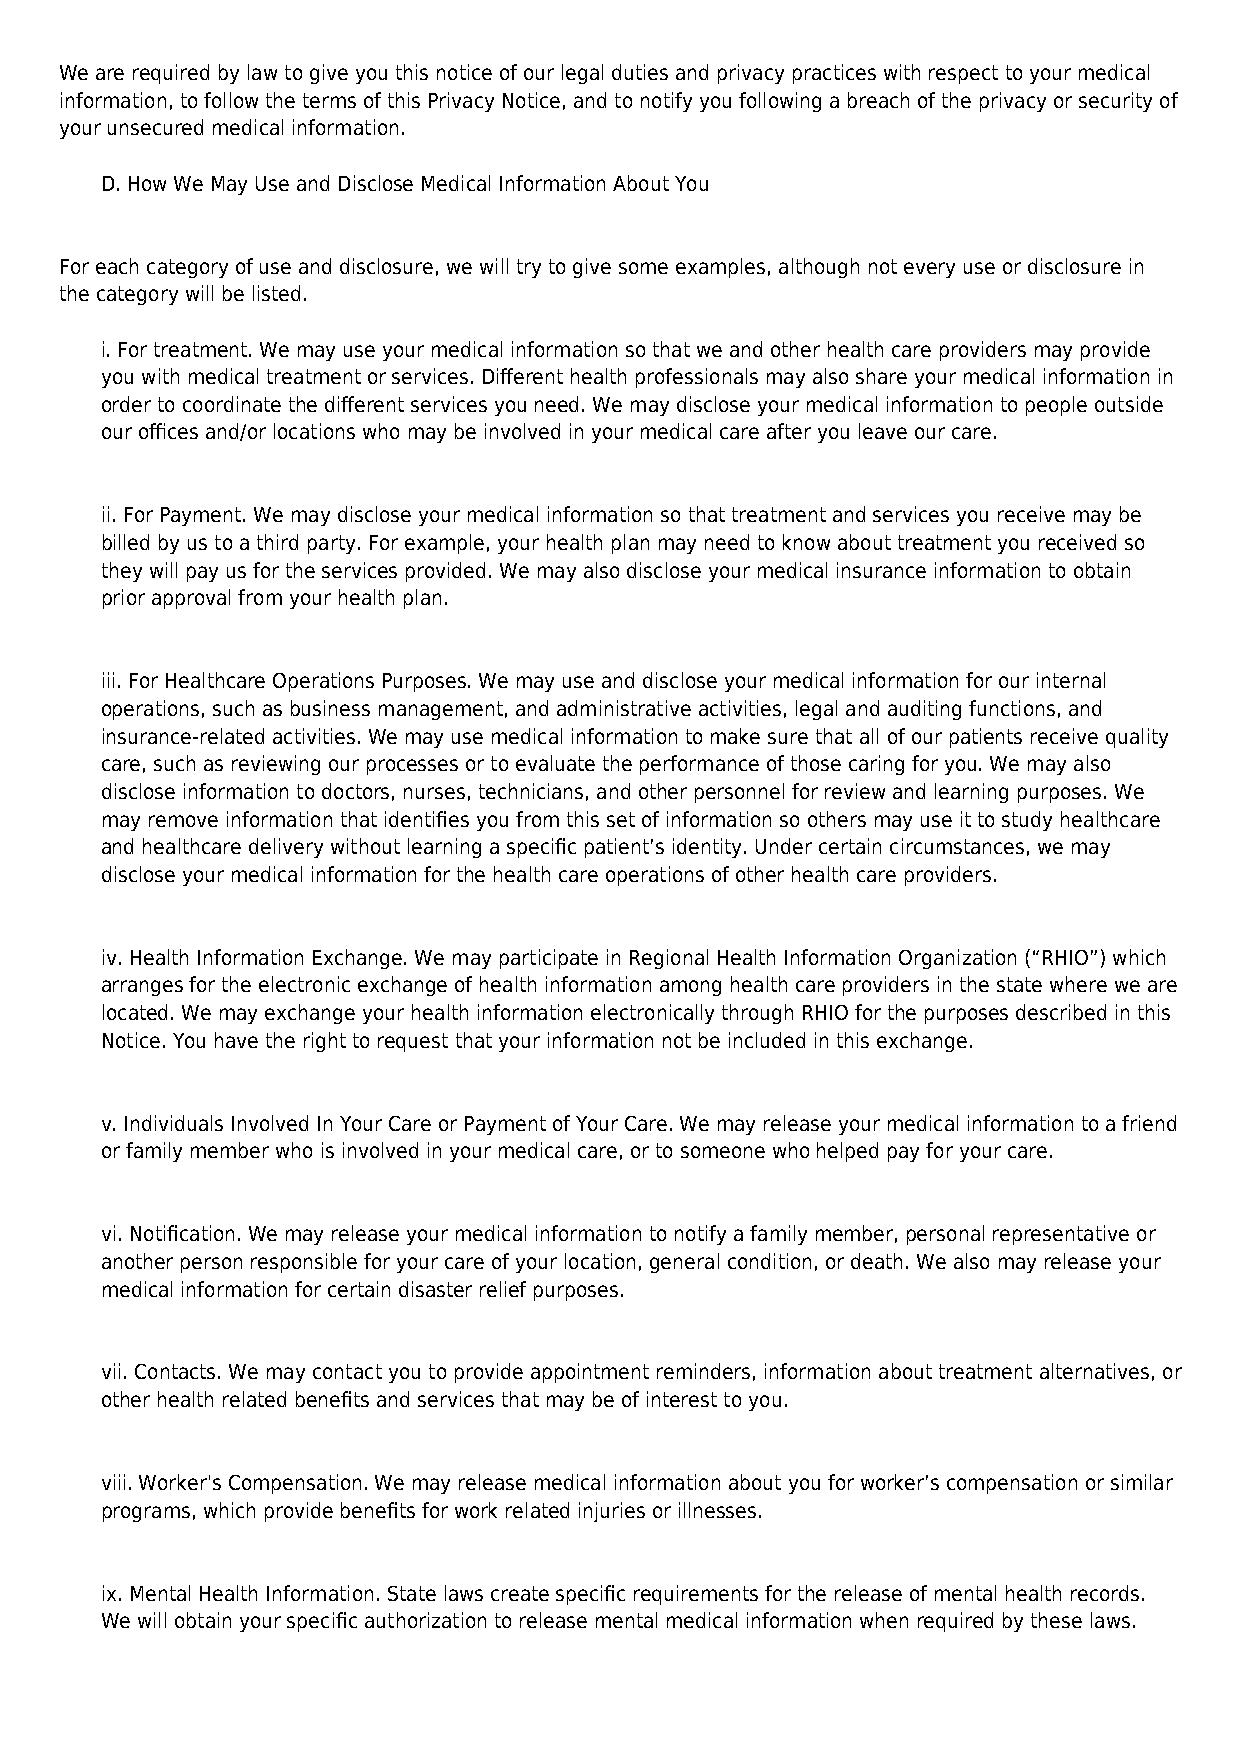
We are required by law to give you this notice of our legal duties and privacy practices with respect to your medical
 information, to follow the terms of this Privacy Notice, and to notify you following a breach of the privacy or security of
 your unsecured medical information.
 D. How We May Use and Disclose Medical Information About You
 For each category of use and disclosure, we will try to give some examples, although not every use or disclosure in
 the category will be listed.
 i. For treatment. We may use your medical information so that we and other health care providers may provide
 you with medical treatment or services. Different health professionals may also share your medical information in
 order to coordinate the different services you need. We may disclose your medical information to people outside
 our offices and/or locations who may be involved in your medical care after you leave our care.
 ii. For Payment. We may disclose your medical information so that treatment and services you receive may be
 billed by us to a third party. For example, your health plan may need to know about treatment you received so
 they will pay us for the services provided. We may also disclose your medical insurance information to obtain
 prior approval from your health plan.
 iii. For Healthcare Operations Purposes. We may use and disclose your medical information for our internal
 operations, such as business management, and administrative activities, legal and auditing functions, and
 insurance-related activities. We may use medical information to make sure that all of our patients receive quality
 care, such as reviewing our processes or to evaluate the performance of those caring for you. We may also
 disclose information to doctors, nurses, technicians, and other personnel for review and learning purposes. We
 may remove information that identifies you from this set of information so others may use it to study healthcare
 and healthcare delivery without learning a specific patient’s identity. Under certain circumstances, we may
 disclose your medical information for the health care operations of other health care providers.
 iv. Health Information Exchange. We may participate in Regional Health Information Organization (“RHIO”) which
 arranges for the electronic exchange of health information among health care providers in the state where we are
 located. We may exchange your health information electronically through RHIO for the purposes described in this
 Notice. You have the right to request that your information not be included in this exchange.
 v. Individuals Involved In Your Care or Payment of Your Care. We may release your medical information to a friend
 or family member who is involved in your medical care, or to someone who helped pay for your care.
 vi. Notification. We may release your medical information to notify a family member, personal representative or
 another person responsible for your care of your location, general condition, or death. We also may release your
 medical information for certain disaster relief purposes.
 vii. Contacts. We may contact you to provide appointment reminders, information about treatment alternatives, or
 other health related benefits and services that may be of interest to you.
 viii. Worker's Compensation. We may release medical information about you for worker’s compensation or similar
 programs, which provide benefits for work related injuries or illnesses.
 ix. Mental Health Information. State laws create specific requirements for the release of mental health records.
 We will obtain your specific authorization to release mental medical information when required by these laws.